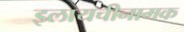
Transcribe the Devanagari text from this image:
इलायचीनामक